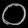
Digit: ၀